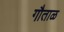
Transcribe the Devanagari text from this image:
गौताळ